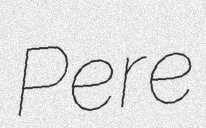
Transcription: Pere